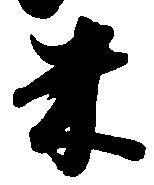
米